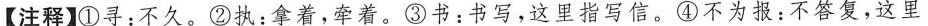
【注释】①寻：不久。②执：拿着，牵着。③书：书写，这里指写信。④不为报：不答复，这里